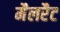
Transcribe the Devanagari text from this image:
मैलरैट